Mental hospitals Bombay report 1921-28 - 1921-1928
Year: 1921
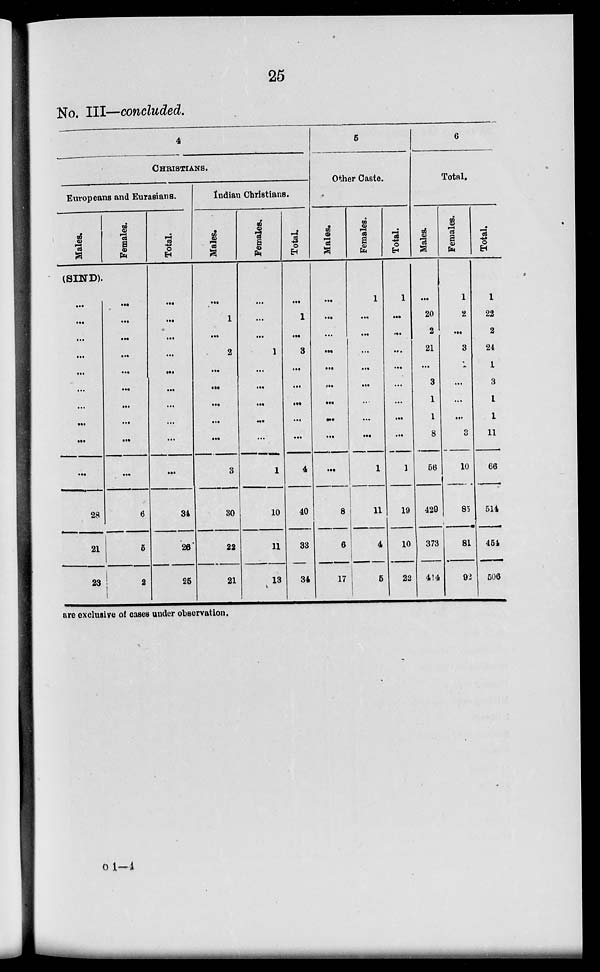
25
No. III—concluded.
4
CHRISTIANS.
Europeans and Eurasians.
Males.
Females.
(SIND).
...
...
...
...
...
...
...
...
...
...
28
21
23
...
...
...
...
...
...
...
...
...
...
6
5
2
Total.
...
...
...
...
...
...
...
...
...
...
34
26
25
Indian Christians.
Males.
...
1
...
2
...
...
...
...
...
3
30
22
21
Females.
...
...
...
1
...
...
...
...
...
1
10
11
13
Total.
...
1
...
3
...
...
...
...
...
4
40
33
34
5
Other Caste.
Males.
...
...
...
...
...
...
...
...
...
...
8
6
17
Females.
1
...
...
...
...
...
...
...
...
1
11
4
5
Total.
1
...
...
...
...
...
...
...
...
1
19
10
22
6
Total.
Males.
...
20
2
21
...
3
1
1
8
56
429
373
414
Females.
1
2
...
3
1
...
...
...
3
10
85
81
92
Total.
1
22
2
24
1
3
1
1
11
66
514
454
506
are exclusive of cases under observation.
o 1— 4